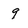
Character: 9